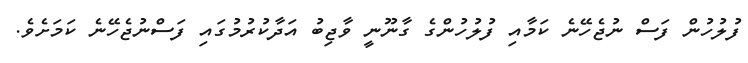
ފުލުހުން ފަސް ނުޖެހޭނެ ކަމާއި ފުލުހުންގެ ގާނޫނީ ވާޖިބު އަދާކުރުމުގައި ފަސްނުޖެހޭނެ ކަމަށެވެ.